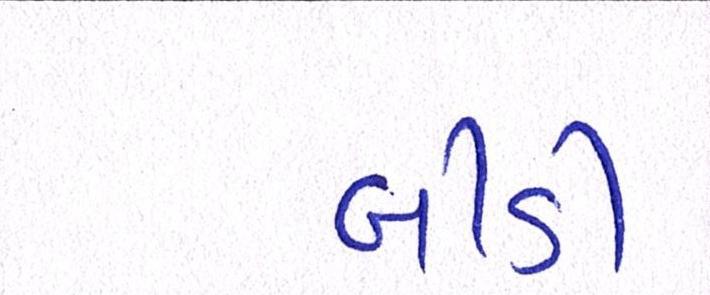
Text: બીડી